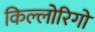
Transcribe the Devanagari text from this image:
किल्लोरिगो